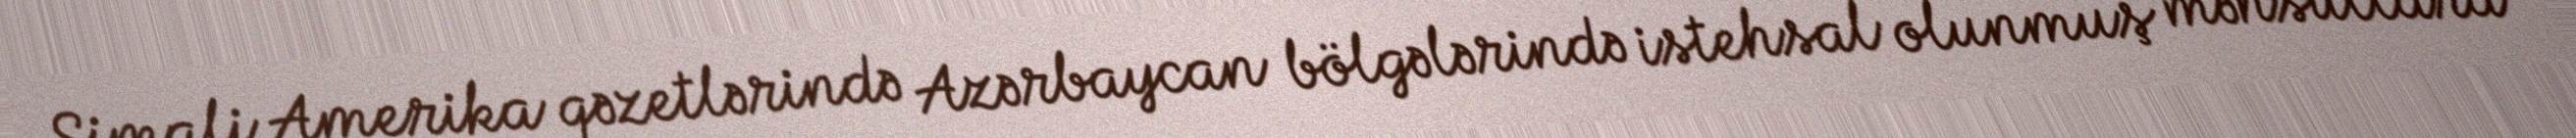
Şimali Amerika qəzetlərində Azərbaycan bölgələrində istehsal olunmuş məhsullara